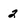
Character: 2